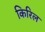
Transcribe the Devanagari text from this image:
किरिल